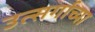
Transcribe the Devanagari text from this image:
उत्सर्गाच्या